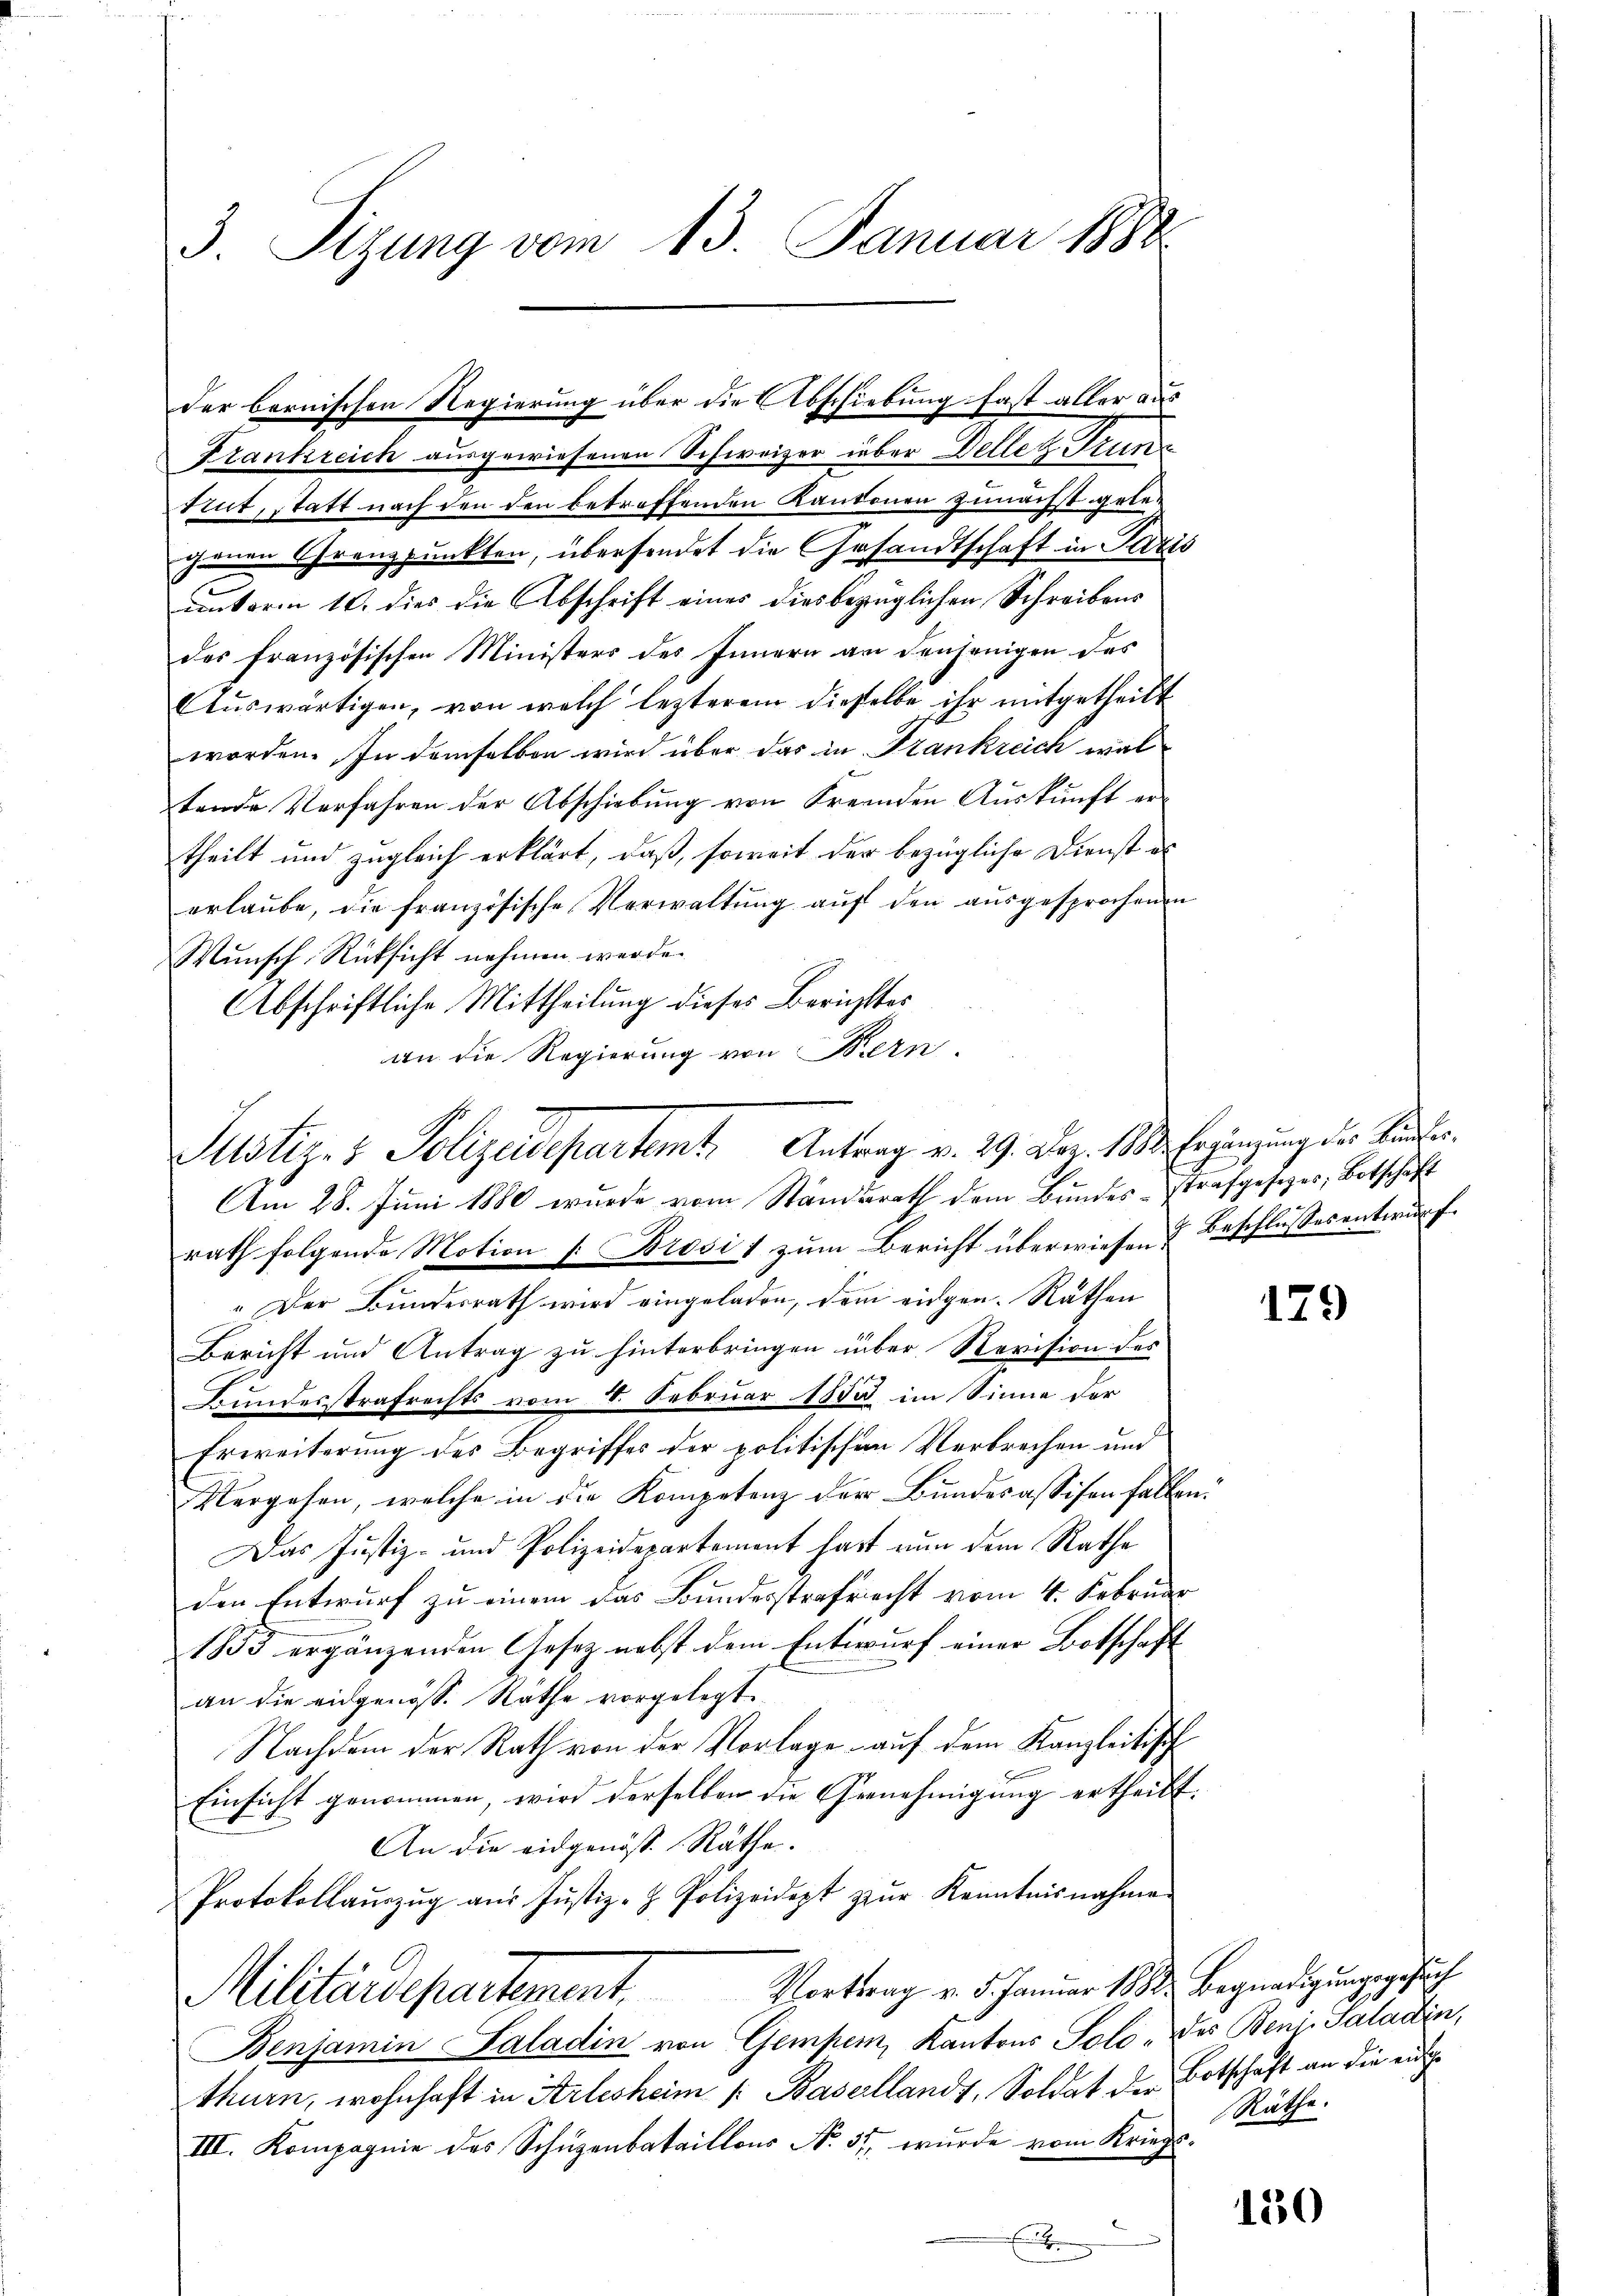
3 Sizung vom 13. Januar 1882

Frankreich ausgewiesenen Schweizer über Wellen Trun¬
Kut, statt nach den den betreffenden Kantonen zunächst gelegenen Grenzpunkten, übersendet die Gesandtschaft in Paris
unterm 10. dies die Abschrift eines diesbezüglichen Schreibens
des französischen Ministers des Innern an denjenigen des
Auswärtigen, von welch lezterem dieselbe ihr mitgetheilt
worden. In demselben wird über das in Frankreich wal
tende Verfahren der Abschiebung von Fremden Auskunft ertheilt und zugleich erklärt, daß, soweit der bezügliche Dienst al
erlaube, die französische Verwaltung auf den ausgesprochenen
Wunsch Rücksicht nehmen werde.
Abschriftliche Mittheilung dieses Berichtter
an die Regierung von Bern.
Am 28. Juni 1880 wurde vom Standerath dem Bundes-Strafgesetzes, Botschaft
rath folgende Motion s. Brosi 1 zum Bericht überwiesen & Beschlussesentwurf.
" Der Bundesrath wird eingeladen, dem eidgen. Räthen
Bericht und Antrag zu hinterbringen über Revision des
Bundesstrafrechts vom 18. Februar 1850 im Sinne der
Erweiterung des Begriffes der politischen Verbrechen und
Vergehen, welche in die Kompetenz der Bundesassifen fallen
Das Justiz- und Polizeidepartement hast nun dem Rathe
den Entwurf zu einem das Bundesstrafrecht vom 4. Februar
1855 ergänzenden Gesetz nebst dem Entwurf einer Botschaft
an die eidgenöss. Rathe vorgelegt.
Nachdem der Rath von der Vorlage auf dem Kanzleitisch
Einsicht genommen, wird derselben die Gernehmigung ertheilt.
An die eidgenöss. Räthe.
Protokollaŭszŭg aŭs Justiz- & Polizeidept zŭr Kenntnisnahme
Militärdepartement. Vortrag v. 5. Januar 1882. Begnadigungsgesuch
Benjamin Saladin von Gemper, Kantons Solo der Benz-Saladin,
thurn, wohnhaft in Arlesheim /: Basellandt, Soldat der Botschaft an die euch¬
III. Kompagnie des Schüzenbataillons No. 37, wurde vom Kriegs¬

der bernischen Regierung über die Abschiebung fast aller aus

Justiz- & Polizeidepartet. Antrag v. 29. Nov. 1883. Erziengung der Kinden.

129

Räthe.

150